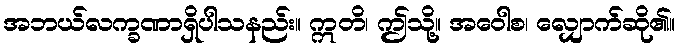
အဘယ်လက္ခဏာရှိပါသနည်း။ ဣတိ၊ ဤသို့။ အဝေါစ၊ လျှောက်ဆို၏။